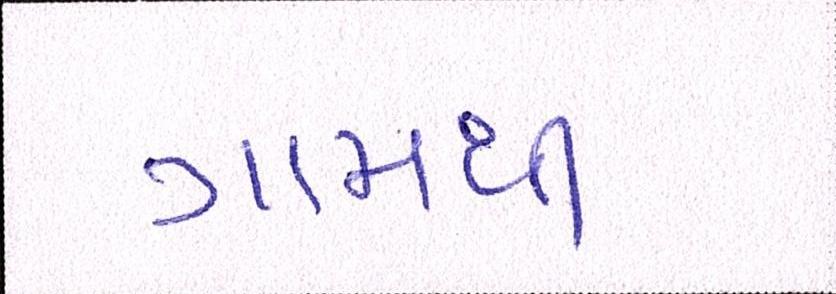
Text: ગામથી